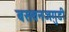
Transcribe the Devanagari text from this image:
बसवनजगुडी